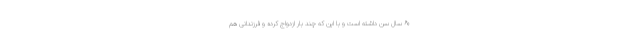
۶۰ سال سن داشته است و با این که چند بار ازدواج کرده و فرزندانی هم